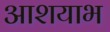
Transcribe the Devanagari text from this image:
आशयाभ